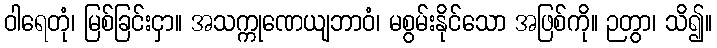
ဝါရေတုံ၊ မြစ်ခြင်းငှာ။ အသက္ကုဏေယျဘာဝံ၊ မစွမ်းနိုင်သော အဖြစ်ကို။ ဉတွာ၊ သိ၍။